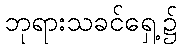
ဘုရားသခင်ရှေ့၌